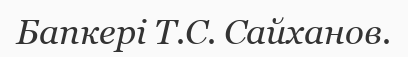
Бапкері Т.С. Сайханов.